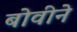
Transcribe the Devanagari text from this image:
बोवीने